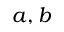
a , b